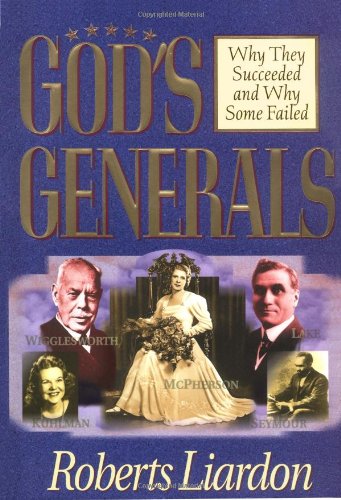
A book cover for Gods Generals: Why They Succeeded And Why Some Fail; LIARDON ROBERTS; Biographies & Memoirs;